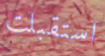
استقبلت